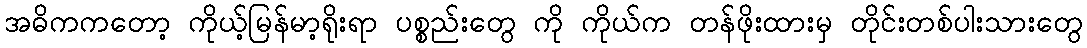
အဓိကကတော့ ကိုယ့်မြန်မာ့ရိုးရာ ပစ္စည်းတွေ ကို ကိုယ်က တန်ဖိုးထားမှ တိုင်းတစ်ပါးသားတွေ